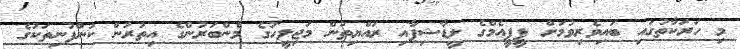
މި ހަރަކާތުގައި ބައިވެރިވުމަށް ޕީޕީއެމްގެ ލީޑާޝިޕާއި ރައްޔިތުން މަޖިލީހުގެ މެންބަރުންގެ އިތުރުން ކުންފުނިތަކުގެ